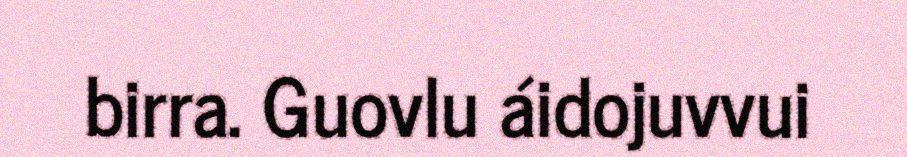
birra. Guovlu áidojuvvui